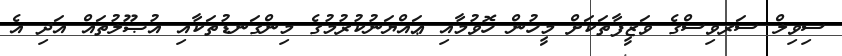
ސިވިލް ސަރވިސްގެ ވަޒީފާތަކަށް މީހުން ހޮވުމާއި ޢައްޔަނުކުރުމުގެ މިންގަނޑުތަކާއި އުޞޫލުތައް އަދި އެ